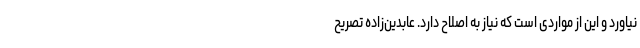
نیاورد و این از مواردی است که نیاز به اصلاح دارد. عابدین‌زاده تصریح